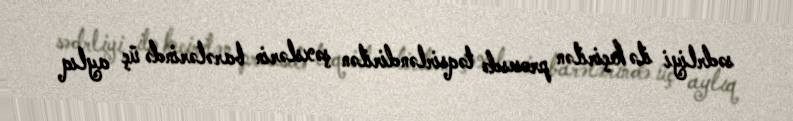
sədrliyi ilə keçirilən prosesdə təqsirləndirilən şəxslərin barələrində üç aylıq